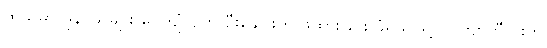
ထိုသူမှာ ဖုန်၊ သဲများ ပေကျံလျက် ဦးခေါင်းကို ဖိထားခြင်း ခံရသဖြင့် လက်ျာဘီလူးက